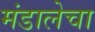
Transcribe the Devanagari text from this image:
मंडालेचा